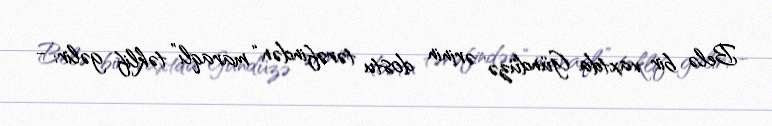
Belə bir vaxtda Gündüzə ərinin dostu tərəfindən “maraqlı” təklif gəlir: -